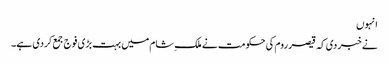
انہوں
نے خبر دی کہ قیصر روم کی حکومت نے ملک ِشام میں بہت بڑی فوج جمع کردی ہے۔